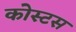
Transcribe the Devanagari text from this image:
कोस्टस